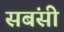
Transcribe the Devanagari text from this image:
सबंसी